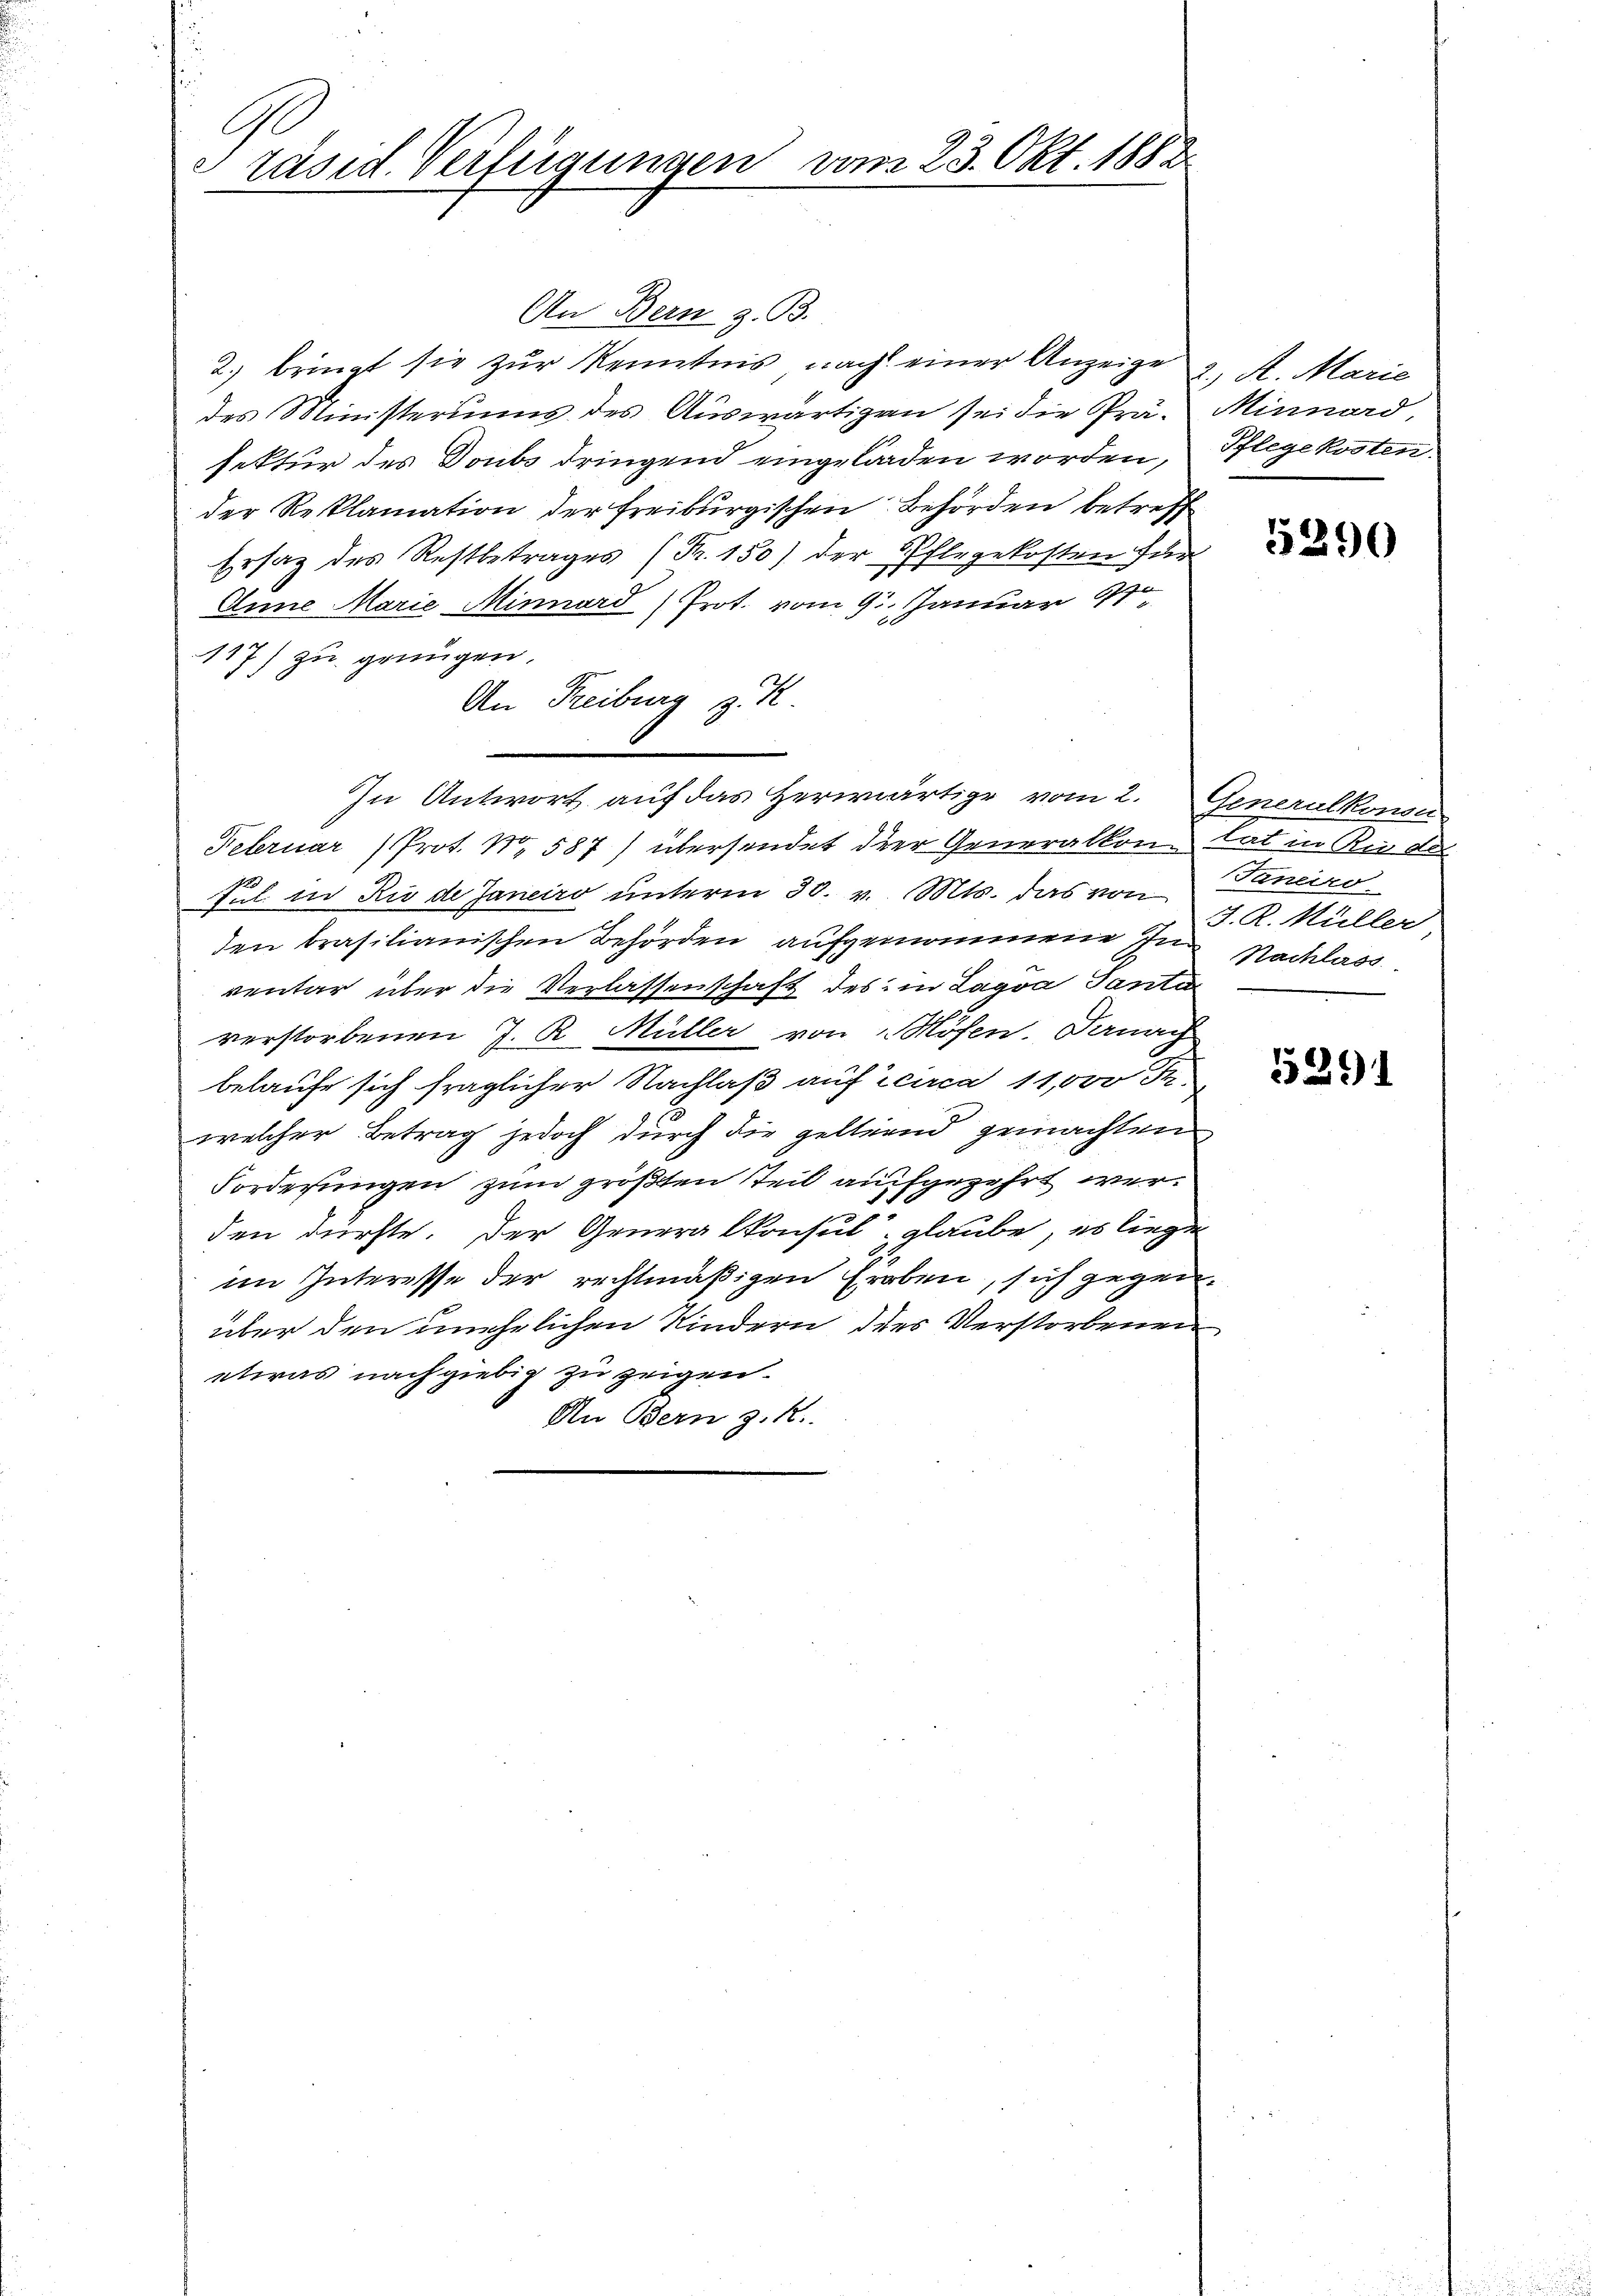
Ge
räsid. Verfügungen vom 23. Okt. 1882

An Bern z. B.
2.) bringt sie zŭr Kenntnis nach einer Anzeige 2. A. Marie
des Ministeriums des Auswärtigen sei die Prä- Minnard
sektur des Doubs dringend eingeladen worden, Pflegekosten.
der Reklamation der Freiburgischen Behörden betreff
Ersatz des Restbetrages (Fr. 150) der Pflegekosten für
Anne Marie Minnard (Prot. vom 9. Januar 18
117) zu grüngen.
An Freiburg z. K
.
In Antwort auf das herwärtige vom 2. Generalkonser
Februar (Prot. N. 587) übersendet der Generalkom tat in Kinde
Jul. in Rio de Janeiro unterm 30. v. Mts. das von
den brasilianischen Behörden aufgenommene In Nachlass
ventar über die Verlassenschaft des in Lagva Tante
verstorbenen J. R. Müller von Mösen. Danach
belaufe sich fraglicher Nachlaß auf circa 11,000 Fr.
welcher Betrag jedoch durch die gelternd gemachten
Forderungen zum größten Teil aufgezehrt werden dürfte. Der Generalkonsul glaube, es liegen
im Interesse der rechtmäßigen Erben, sich gegenüber den unehelichen Kindern des Verstorbenen
etwas nachgiebig zu zeigen.
An Bern z. R.

5290

Janeiro
J. R. Müller

5391